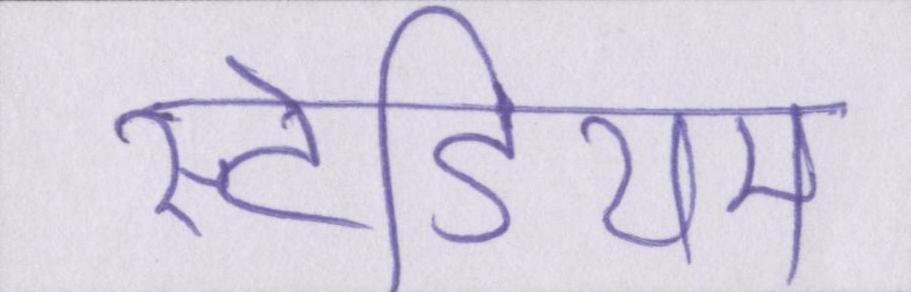
स्टेडियम